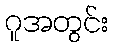
ဂူအတွင်း